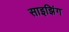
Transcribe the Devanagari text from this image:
साइझिंग